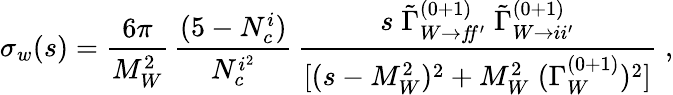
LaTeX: \sigma_{w}(s)=\frac{6\pi}{M_{W}^{2}}\, \frac{(5-N_{c}^{i})}{N_{c}^{i^{2}}}\, \frac{s\; \tilde{\Gamma}_{W\rightarrow f\! f^{\prime}}^{(0+1)}\; \tilde{\Gamma}_{W\rightarrow ii^{\prime}}^{(0+1)}}{[(s-M_{W}^{2})^{2}+M_{W}^{2}\; (\Gamma_{W}^{(0+1)})^{2}]}\; ,